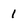
Character: 1